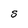
Character: S